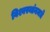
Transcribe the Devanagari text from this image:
विश्वस्थांनमधे